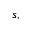
s ,